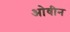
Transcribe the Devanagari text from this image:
ओवीन